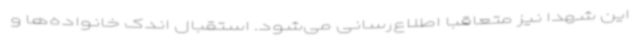
این شهدا نیز متعاقبا اطلاع‌رسانی می‌شود. استقبال اندک خانواده‌ها و